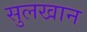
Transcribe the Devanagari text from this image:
सुलखान